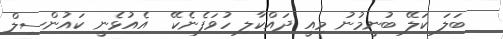
ބަލަ ކަލޭ ބުނީމުނު މިއީ ދައްކާލި ހުވަފެނެކޭ  އެއުޅެނީ ކައުންސިލް